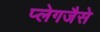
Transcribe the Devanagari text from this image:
प्लेगजैसे